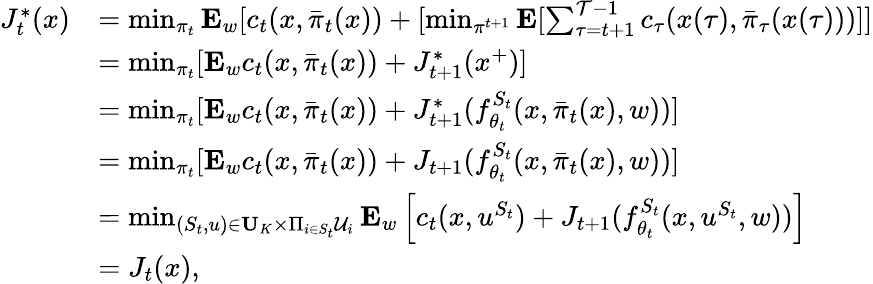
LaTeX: \begin{array}{rl}{J_{t}^{*}(x)}&{=\operatorname*{min}_{\pi_{t}}\mathbf{E}_{w}[c_{t}(x,\bar{\pi}_{t}(x))+[\operatorname*{min}_{\pi^{t+1}}\mathbf{E}[\sum_{\tau=t+1}^{\mathcal{T}-1}c_{\tau}(x(\tau),\bar{\pi}_{\tau}(x(\tau)))]]}\\ &{=\operatorname*{min}_{\pi_{t}}[\mathbf{E}_{w}c_{t}(x,\bar{\pi}_{t}(x))+J_{t+1}^{*}(x^{+})]}\\ &{=\operatorname*{min}_{\pi_{t}}[\mathbf{E}_{w}c_{t}(x,\bar{\pi}_{t}(x))+J_{t+1}^{*}(f_{\theta_{t}}^{S_{t}}(x,\bar{\pi}_{t}(x),w))]}\\ &{=\operatorname*{min}_{\pi_{t}}[\mathbf{E}_{w}c_{t}(x,\bar{\pi}_{t}(x))+J_{t+1}(f_{\theta_{t}}^{S_{t}}(x,\bar{\pi}_{t}(x),w))]}\\ &{=\operatorname*{min}_{(S_{t},u)\in\mathbf{U}_{K}\times\Pi_{i\in S_{t}}\mathcal{U}_{i}}\mathbf{E}_{w}\left[c_{t}(x,u^{S_{t}})+J_{t+1}(f_{\theta_{t}}^{S_{t}}(x,u^{S_{t}},w))\right]}\\ &{=J_{t}(x),}\end{array}